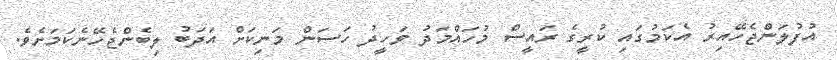
އުފުލަންޖެހޭއިރު އެކަމުގައި ކުރީގެ ރައީސް މުހައްމަދު ވަހީދު ހަސަން މަނިކަށް އަދަބު ލިބެންޖެހޭނެކަމަށެވެ.